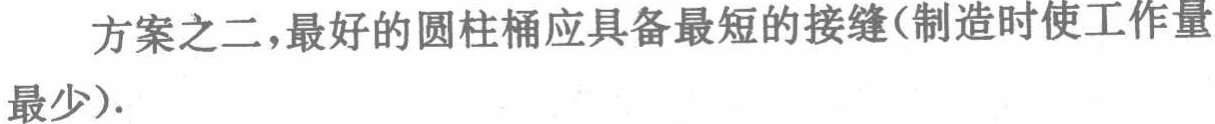
方案之二,最好的圆柱桶应具备最短的接缝(制造时使工作量最少).